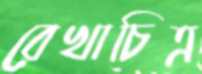
রেখাচিত্র